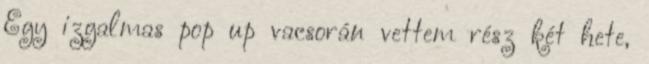
Egy izgalmas pop up vacsorán vettem rész két hete,